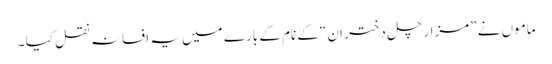
ماموں نے ”مزار چل دختر ان “کے نام کے بارے میں یہ افسانہ نقل کیا ۔